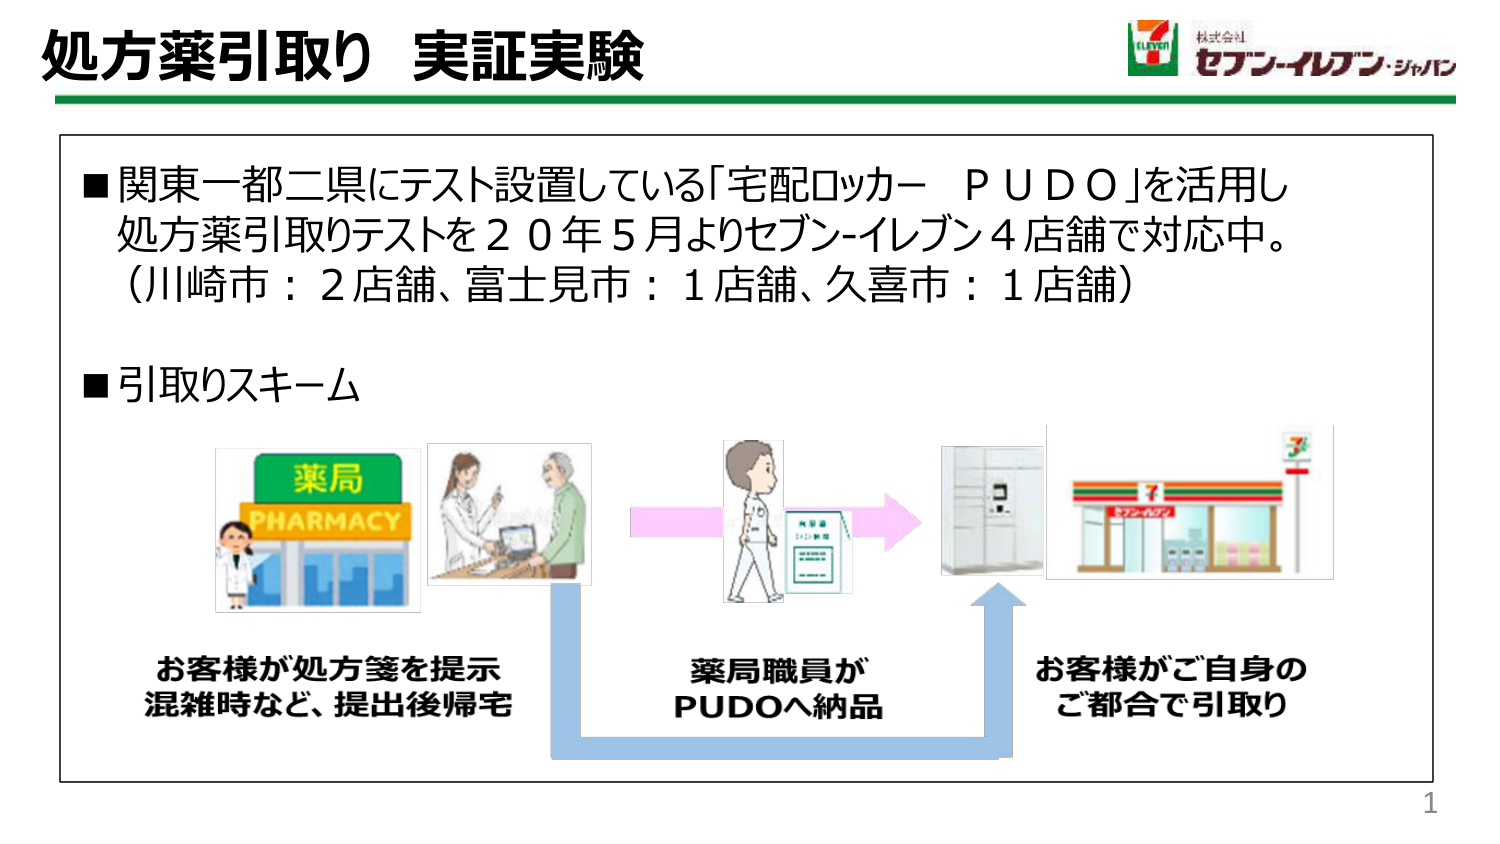
処方薬引取り 実証実験

■関東一都二県にテスト設置している「宅配ロッカー PUDO」を活用し
処方薬引取りテストを20年5月よりセブン-イレブン4店舗で対応中。
（川崎市：2店舗、富士見市：1店舗、久喜市：1店舗）

■引取りスキーム

薬局
PHARMACY

お客様が処方箋を提示
混雑時など、提出後帰宅

薬局職員が
PUDOへ納品

お客様がご自身の
ご都合で引取り

7
ELEVEN
株式会社
セブン-イレブン・ジャパン

1